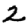
Digit: 2